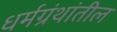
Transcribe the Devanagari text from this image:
धर्मग्रंथांतील